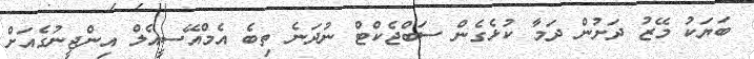
ބަޔަކު މޭޒު ދަށުން ދަމާ ކުޅެގެން ސަބްޖެކްޓް ނުދަނެ ތިބެ އެމްއޭސީއެލް އިންޖީނުގެއަށް